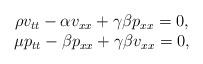
LaTeX: \begin{align*}\begin{array}{c}\rho v_{tt}-\alpha v_{xx}+\gamma \beta p_{xx}=0,\\\mu p_{tt}-\beta p_{xx}+\gamma \beta v_{xx}=0,\end{array}\end{align*}